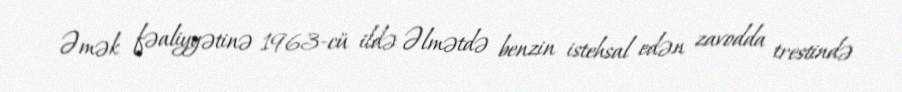
Əmək fəaliyyətinə 1963-cü ildə Əlmətdə benzin istehsal edən zavodda trestində